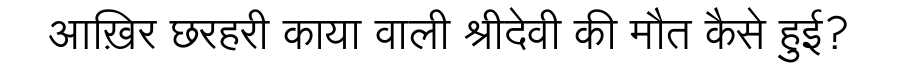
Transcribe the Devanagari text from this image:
आख़िर छरहरी काया वाली श्रीदेवी की मौत कैसे हुई?